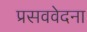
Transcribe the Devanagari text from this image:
प्रसववेदना